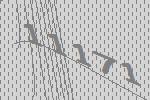
11171